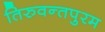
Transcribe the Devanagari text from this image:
तिरुवन्तपुरम